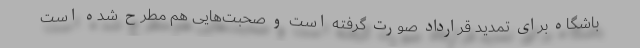
باشگاه برای تمدید قرارداد صورت گرفته است و صحبت‌هایی هم مطرح شده است